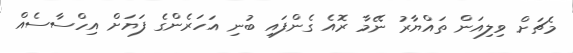
މެޗަށް ވިލިއަން ތައްޔާރު ނޭމާ ރޮއެ ގެންފައި ބުނި އަހަރެންގެ ފަޔަށް އިހްސާސެއް